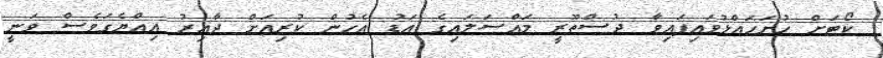
ކޯޓަށް ހުށަހައްޅުވައިފައިވާ ދުސްތޫރީ މައްސަލައިގެ އަޑު އެހުން ކުރިއަށް ދާއިރު އިއްޔެގަވެސް ވަނީ